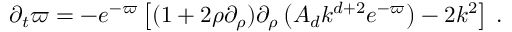
\begin{array} { r } { \partial _ { t } \varpi = - e ^ { - \varpi } \left[ ( 1 + 2 \rho \partial _ { \rho } ) \partial _ { \rho } \left( A _ { d } k ^ { d + 2 } e ^ { - \varpi } \right) - 2 k ^ { 2 } \right] \, . } \end{array}